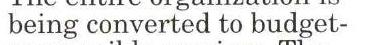
being converted to budget-